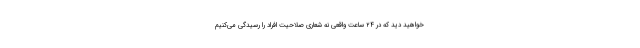
خواهید دید که در ۲۴ ساعت واقعی نه شعاری صلاحیت افراد را رسیدگی می‌کنیم